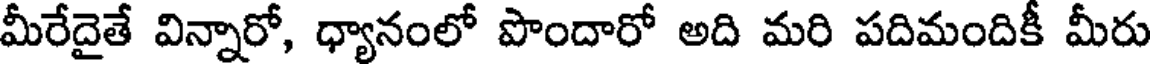
మీరేదైతే విన్నారో, ధ్యానంలో పొందారో అది మరి పదిమందికీ మీరు